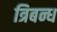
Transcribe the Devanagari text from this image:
त्रिबन्ध